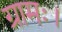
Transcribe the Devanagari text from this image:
ग्रामः।